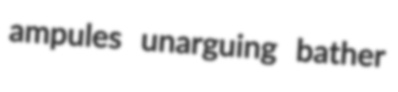
ampules unarguing bather